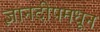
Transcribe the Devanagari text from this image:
ज्ञानदीपमधून